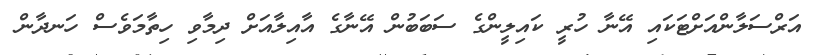
އަރްސަލާންއަށްޓަކައި އޭނާ ހުރީ ކައިލީންގެ ސަބަބުން އޭނާގެ އާއިލާއަށް ދިމާވި ހިތާމަވެސް ހަނދާން